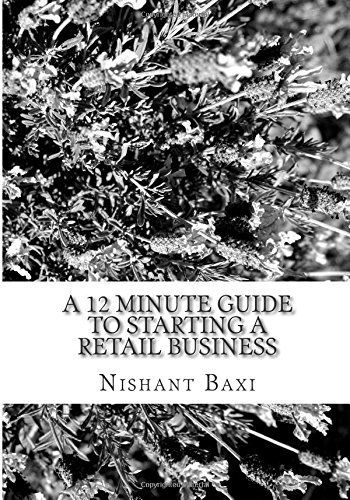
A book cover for A 12 Minute Guide To Starting a Retail Business; Mr Nishant K Baxi; Business & Money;